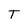
Character: T